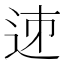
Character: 𨒘